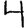
Digit: 4